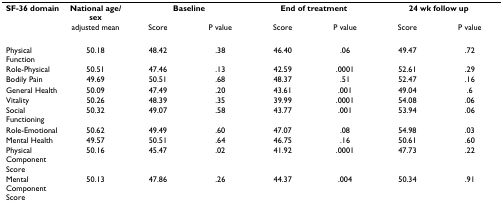
<table><thead><tr><td><b>SF-36 domain</b></td><td><b>National age/sex</b></td><td colspan="2"><b>Baseline</b></td><td colspan="2"><b>End of treatment</b></td><td colspan="2"><b>24 wk follow up</b></td></tr><tr><td></td><td><b>adjusted mean</b></td><td><b>Score</b></td><td><b>P value</b></td><td><b>Score</b></td><td><b>P value</b></td><td><b>Score</b></td><td><b>P value</b></td></tr></thead><tbody><tr><td>Physical Function</td><td>50.18</td><td>48.42</td><td>.38</td><td>46.40</td><td>.06</td><td>49.47</td><td>.72</td></tr><tr><td>Role-Physical</td><td>50.51</td><td>47.46</td><td>.13</td><td>42.59</td><td>.0001</td><td>52.61</td><td>.29</td></tr><tr><td>Bodily Pain</td><td>49.69</td><td>50.51</td><td>.68</td><td>48.37</td><td>.51</td><td>52.47</td><td>.16</td></tr><tr><td>General Health</td><td>50.09</td><td>47.49</td><td>.20</td><td>43.61</td><td>.001</td><td>49.04</td><td>.6</td></tr><tr><td>Vitality</td><td>50.26</td><td>48.39</td><td>.35</td><td>39.99</td><td>.0001</td><td>54.08</td><td>.06</td></tr><tr><td>Social Functioning</td><td>50.32</td><td>49.07</td><td>.58</td><td>43.77</td><td>.001</td><td>53.94</td><td>.06</td></tr><tr><td>Role-Emotional</td><td>50.62</td><td>49.49</td><td>.60</td><td>47.07</td><td>.08</td><td>54.98</td><td>.03</td></tr><tr><td>Mental Health</td><td>49.57</td><td>50.51</td><td>.64</td><td>46.75</td><td>.16</td><td>50.61</td><td>.60</td></tr><tr><td>Physical Component Score</td><td>50.16</td><td>45.47</td><td>.02</td><td>41.92</td><td>.0001</td><td>47.73</td><td>.22</td></tr><tr><td>Mental Component Score</td><td>50.13</td><td>47.86</td><td>.26</td><td>44.37</td><td>.004</td><td>50.34</td><td>.91</td></tr></tbody></table>